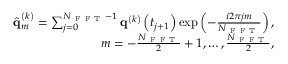
\begin{array} { r } { \hat { { \mathbf { q } } } _ { m } ^ { \left( k \right) } = \sum _ { j = 0 } ^ { N _ { \mathrm { ~ F ~ F ~ T ~ } } - 1 } { \mathbf { q } } ^ { \left( k \right) } \left( t _ { j + 1 } \right) \exp \left( - \frac { i 2 \pi j m } { N _ { \mathrm { ~ F ~ F ~ T ~ } } } \right) , } \\ { m = - \frac { N _ { \mathrm { ~ F ~ F ~ T ~ } } } { 2 } + 1 , \dots , \frac { N _ { \mathrm { ~ F ~ F ~ T ~ } } } { 2 } , } \end{array}